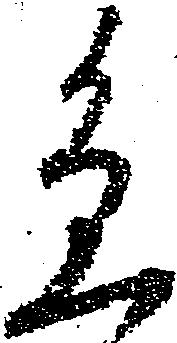
急